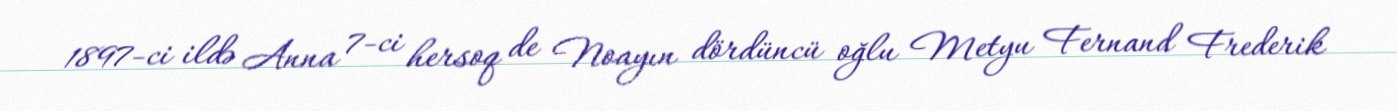
1897-ci ildə Anna 7-ci hersoq de Noayın dördüncü oğlu Metyu Fernand Frederik